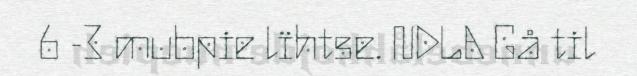
6 -3 mubpie lïhtse. NDLA Gå til